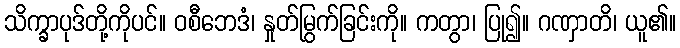
သိက္ခာပုဒ်တို့ကိုပင်။ ဝစီဘေဒံ၊ နှုတ်မြွက်ခြင်းကို။ ကတွာ၊ ပြု၍။ ဂဏှာတိ၊ ယူ၏။